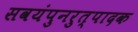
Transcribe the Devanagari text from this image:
सवयंपुनरुत्पादक